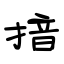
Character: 揞